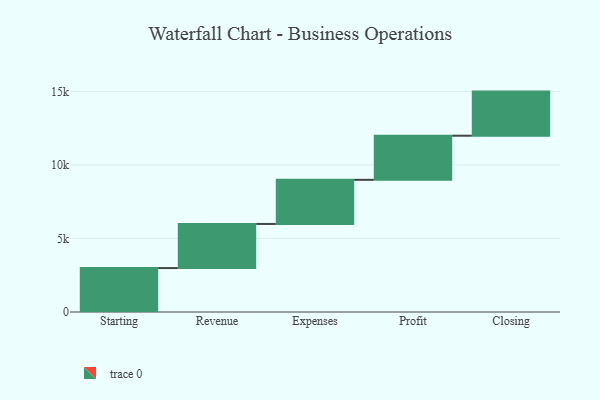
{"axis": {"x": "Step", "y": "Value"}, "legend": [""], "data": [{"x": "Starting", "y": 2988.0, "type": ""}, {"x": "Revenue", "y": 3000, "type": ""}, {"x": "Expenses", "y": 3000, "type": ""}, {"x": "Profit", "y": 3000, "type": ""}, {"x": "Closing", "y": 3000, "type": ""}]}